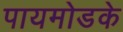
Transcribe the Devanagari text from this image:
पायमोडके